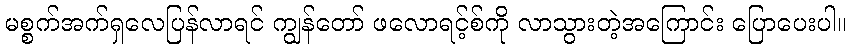
မစ္စက်အက်ရှလေပြန်လာရင် ကျွန်တော် ဖလောရင့်စ်ကို လာသွားတဲ့အကြောင်း ပြောပေးပါ။